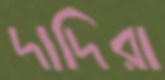
দাদিরা